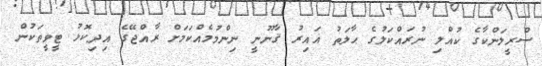
ސްރީލަންކާގެ ކުއްލި ނުރައްކަލުގެ ޙާލަތު ޣައިރު ޤާނޫނީ ނިންމުމެއްކަމަށް ރާއްޖޭގެ އިދިކޮޅު ޓީވީތަކުން